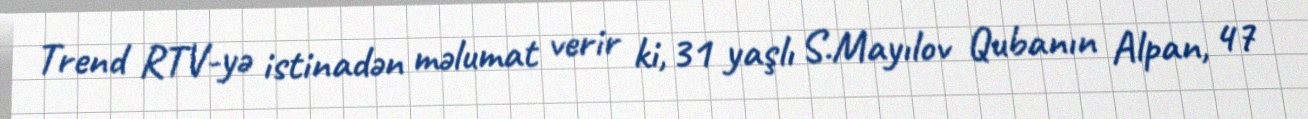
Trend RTV-yə istinadən məlumat verir ki, 31 yaşlı S.Mayılov Qubanın Alpan, 47